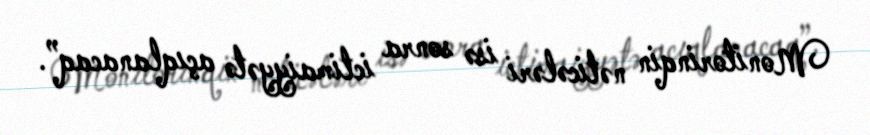
Monitorinqin nəticələri isə sonra ictimaiyyətə açıqlanacaq”.